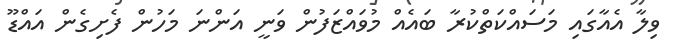
ވިލާ އެއާގައި މަސައްކަތްކުރާ ބައެއް މުވައްޒަފުން ވަނީ އަންނަ މަހުން ފެށިގެން އައްޑޫ